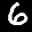
Label: 6